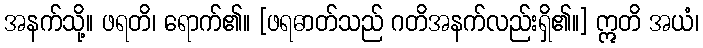
အနက်သို့။ ဖရတိ၊ ရောက်၏။ [ဖရဓာတ်သည် ဂတိအနက်လည်းရှိ၏။] ဣတိ အယံ၊